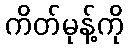
ကိတ်မုန့်ကို